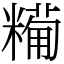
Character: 𥼓